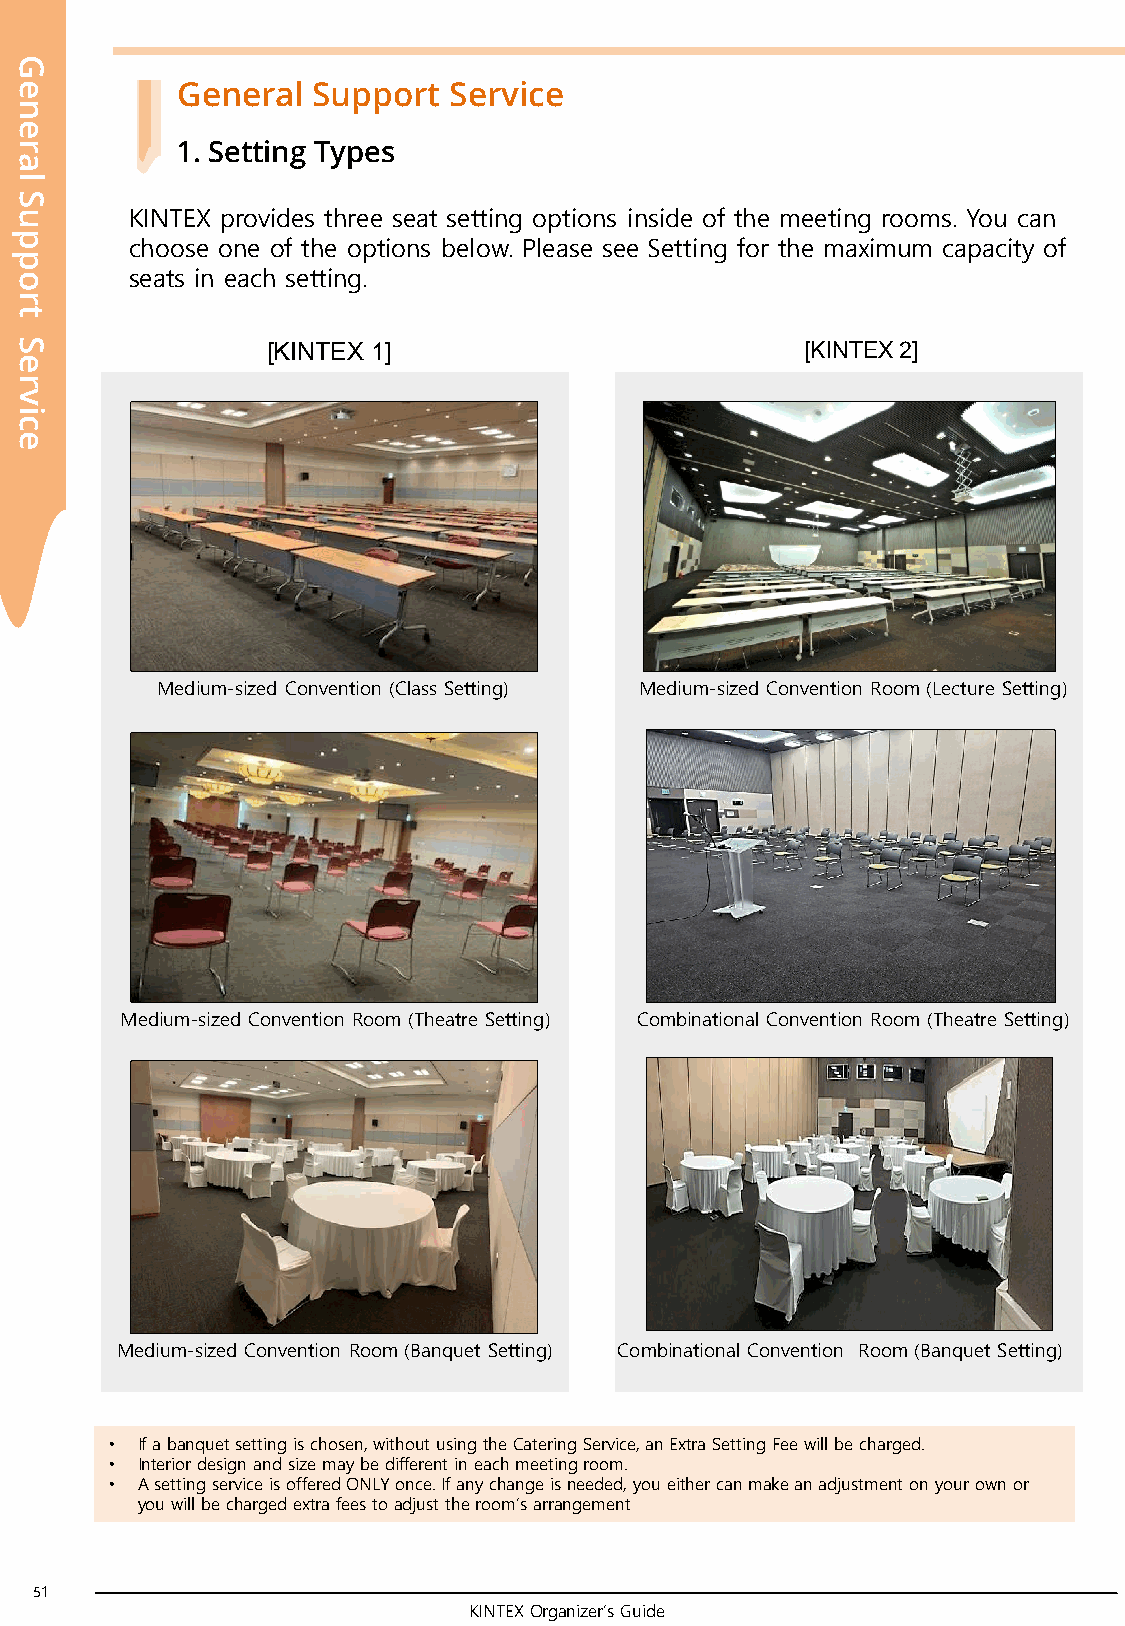
G
 e          General  Support  Service
 n
 e
 r          1. Setting Types
 a
 l
 S
 u       KINTEX provides three seat setting options inside of the meeting rooms. You can
 p
 choose one of the options below. Please see Setting for the maximum capacity of
 p
 o       seats in each setting.
 r
 t
 S                [KINTEX 1]                         [KINTEX 2]
 e
 r
 v
 i
 c
 e
 Medium-sized Convention (Class Setting) Medium-sized Convention Room (Lecture Setting)
 Medium-sized Convention Room (Theatre Setting) Combinational Convention Room (Theatre Setting)
 Medium-sized Convention Room (Banquet Setting) Combinational Convention Room (Banquet Setting)
 • If a banquet setting is chosen, without using the Catering Service, an Extra Setting Fee will be charged.
 • Interior design and size may be different in each meeting room.
 • ‌A setting service is offered ONLY once. If any change is needed, you either can make an adjustment on your own or
 you will be charged extra fees to adjust the room’s arrangement
 51
 KINTEX Organizer’s Guide
 52